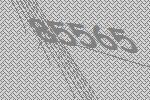
85565